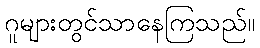
ဂူများတွင်သာနေကြသည်။